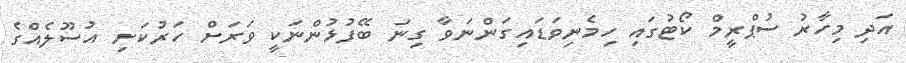
އަދި މިހާރު ސުޕްރީމް ކޯޓުގައި ހިމެނިވަޑައިގަންނަވާ ގިނަ ބޭފުޅުންނަކީ ވަރަށް ހަރުކަށި އުސޫލެއްގެ